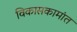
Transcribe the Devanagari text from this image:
विकासकामांत